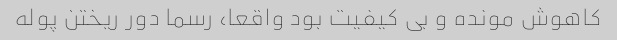
کاهوش مونده و بی کیفیت بود واقعا، رسما دور ریختن پوله